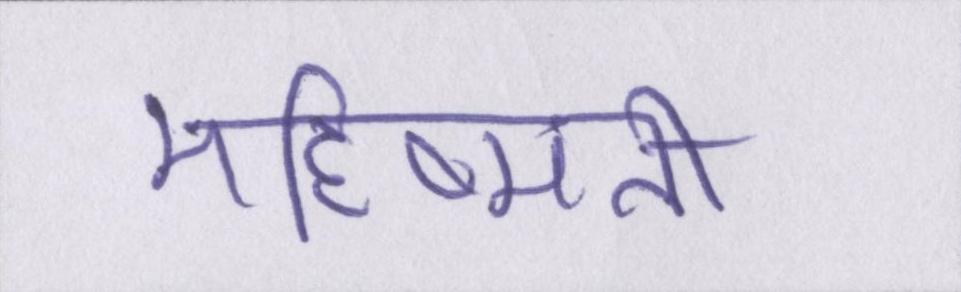
महिष्मती